Problem: 6 × 6 = ?
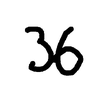
Handwritten answer: 36